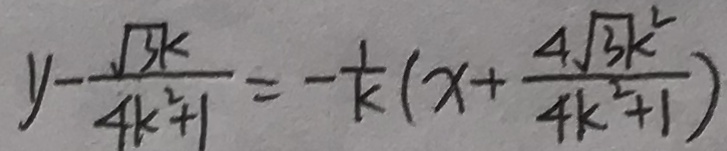
y - \frac { \sqrt { 3 k } } { 4 k ^ { 2 } + 1 } = - \frac { 1 } { k } ( x + \frac { 4 \sqrt { 3 } k ^ { 2 } } { 4 k ^ { 2 } + 1 } )